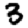
Digit: 3